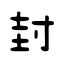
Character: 封